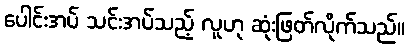
ပေါင်းအပ် သင်းအပ်သည့် လူဟု ဆုံးဖြတ်လိုက်သည်။